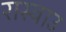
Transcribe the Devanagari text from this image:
रास्वाउ